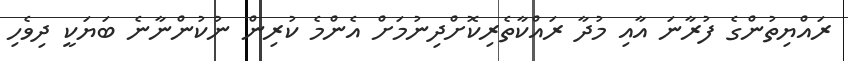
ރައްޔިތުންގެ ފުރާނަ އާއި މުދާ ރައްކާތެރިކޮށްދިނުމަށް އެންމެ ކުރިން ނުކުންނާނެ ބަޔަކީ ދިވެހި